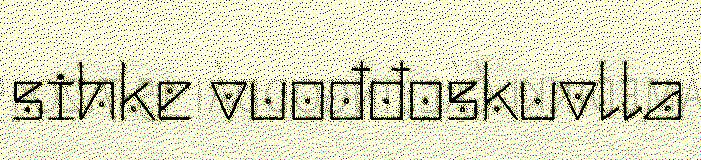
sihke vuođđoskuvlla